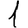
Digit: 1